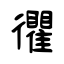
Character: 忂